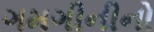
ગમગીનીનો